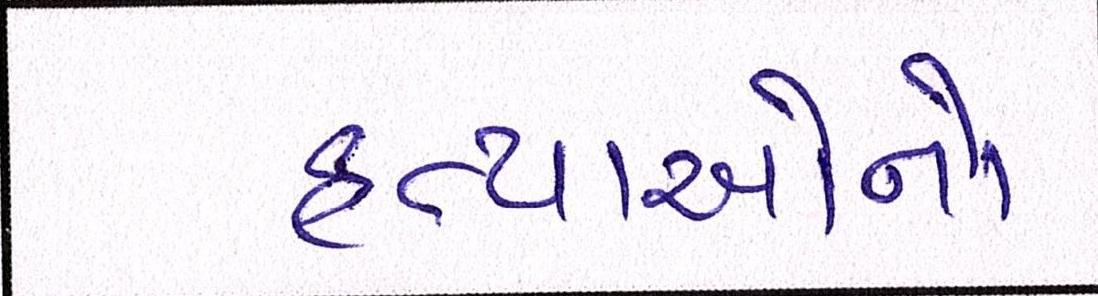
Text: હત્યાઓનો